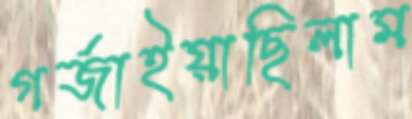
গর্জাইয়াছিলাম